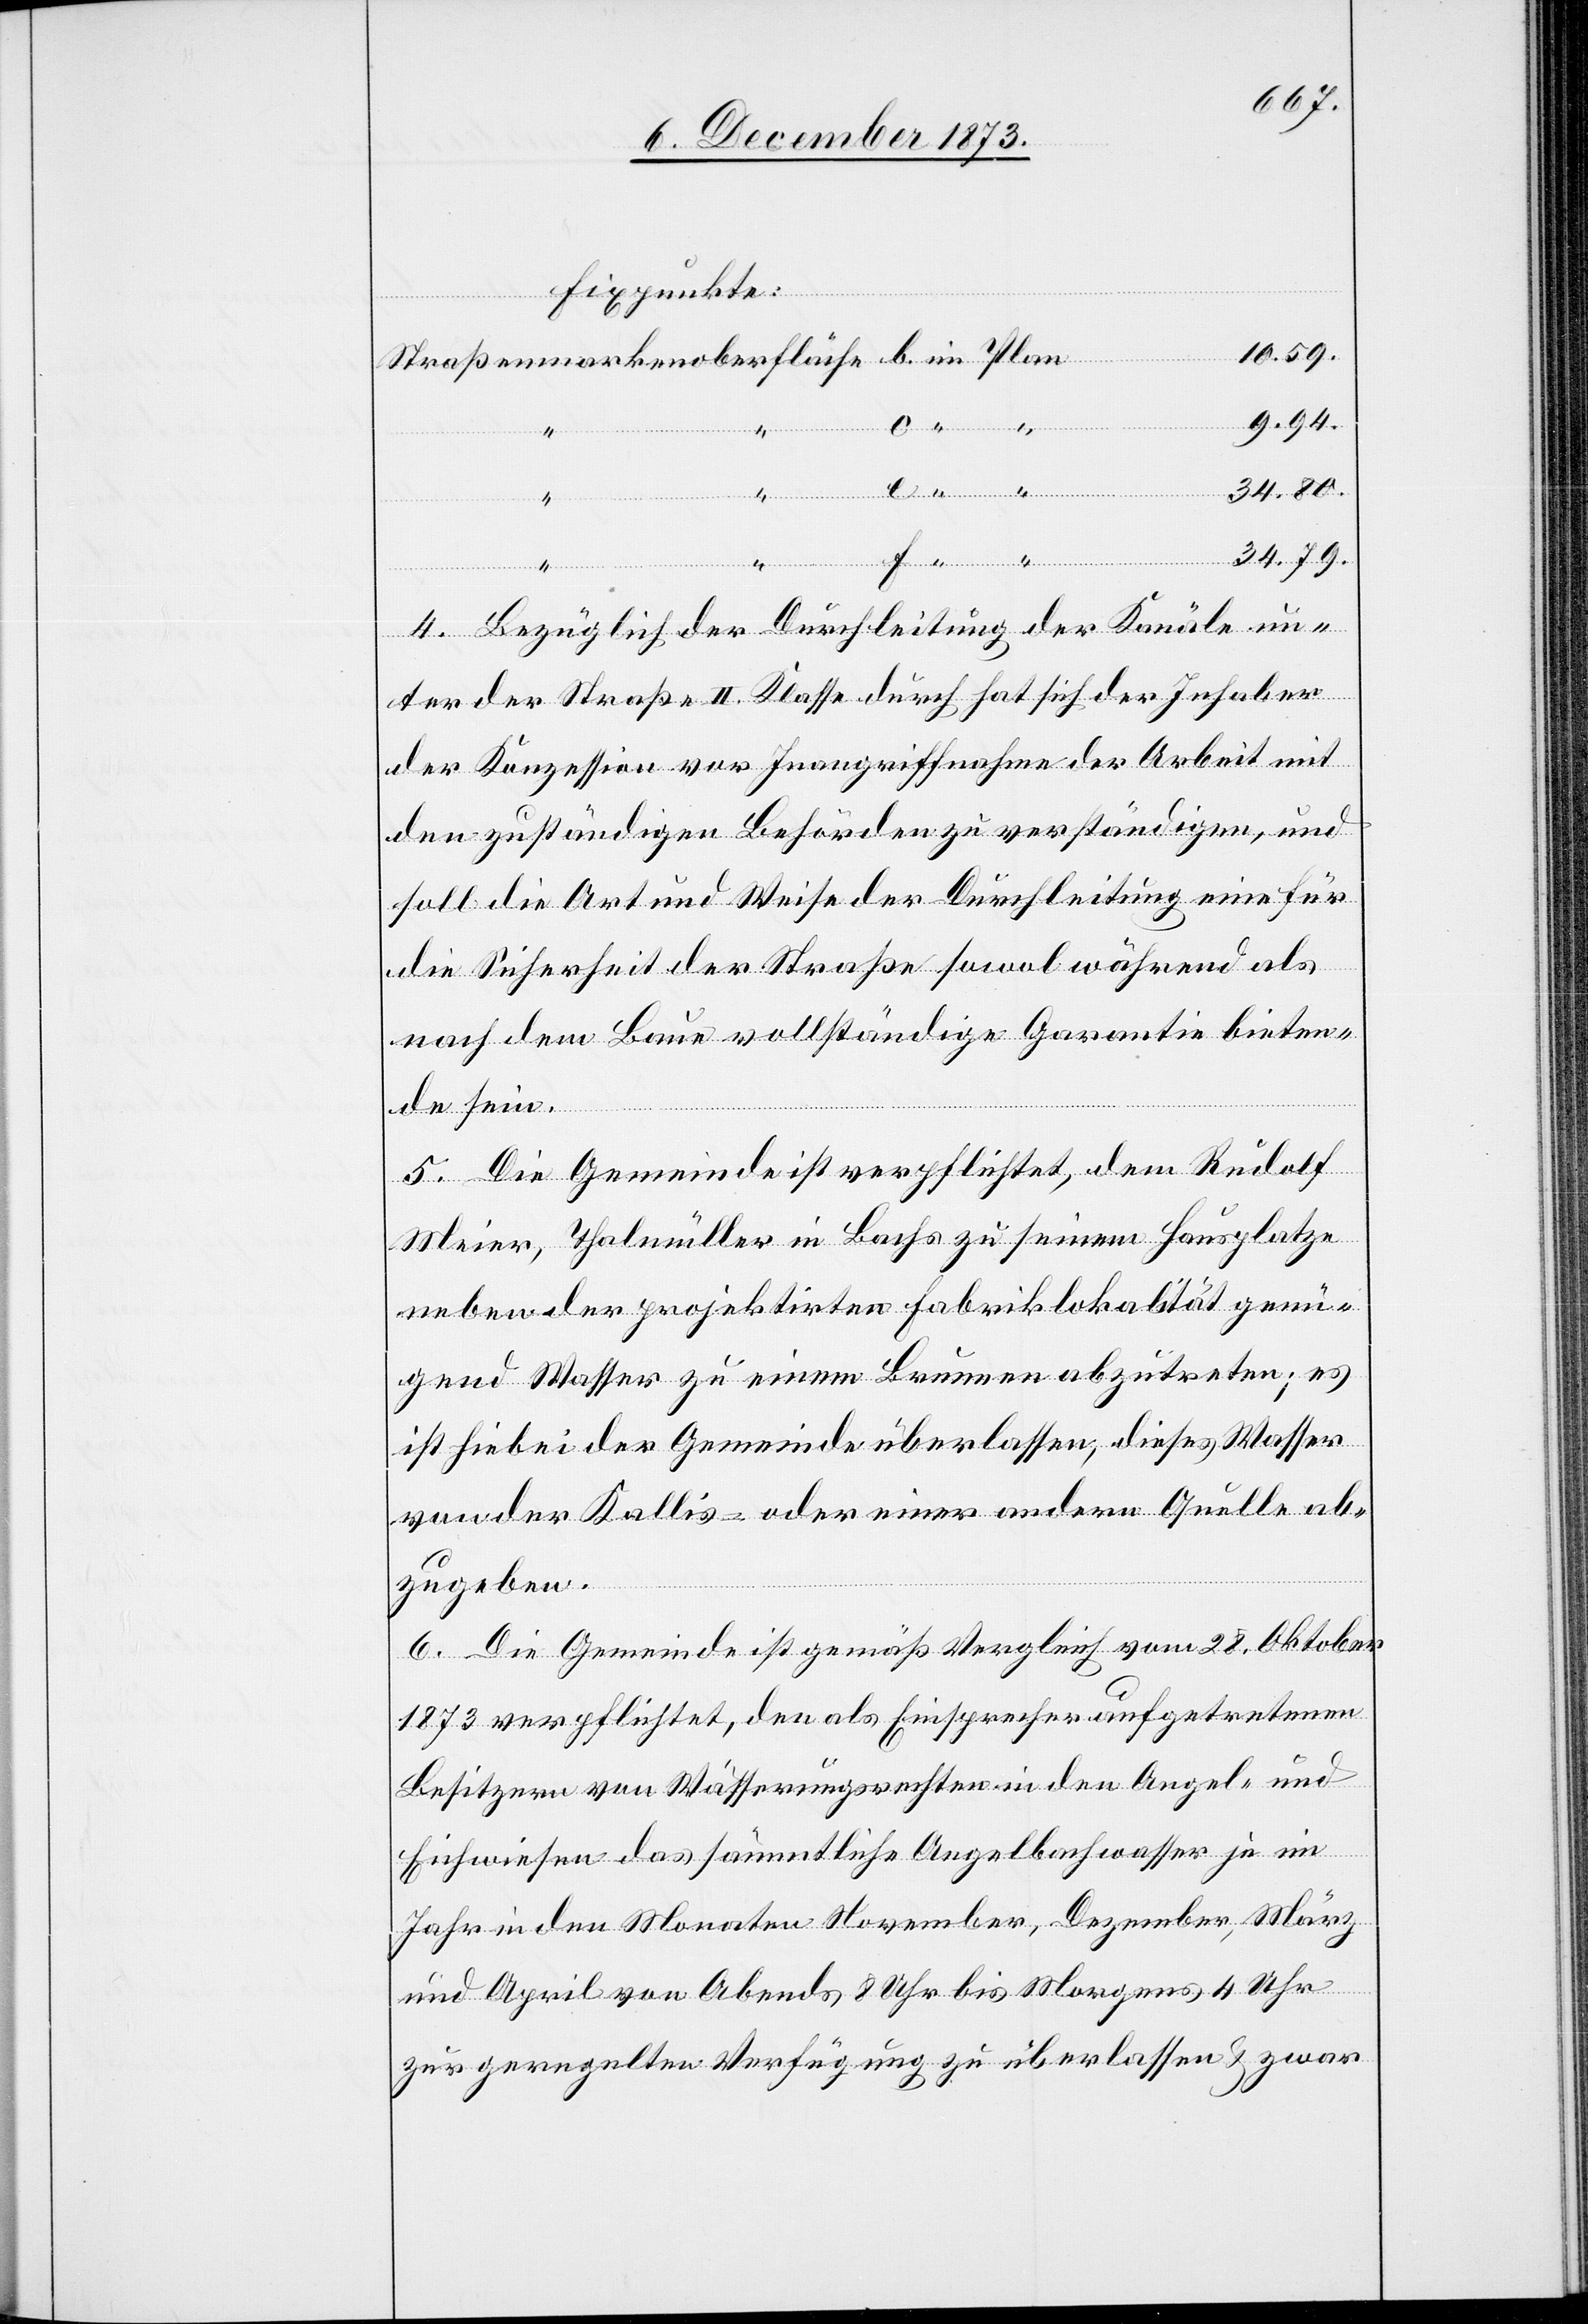
“
Fixpunkte:
10.59.
9.94.
Strass¬
34.80.
f
enmarkenoberfläche
b.
34.79.
4. Bezüglich der Durchleitung der Kanäle un¬
ter der Straße II. Klasse durch hat sich der Inhaber
der Konzession vor Inangriffnahme der Arbeit mit
den zuständigen Behörden zu verständigen, und
soll die Art und Weise der Durchleitung eine für
die Sicherheit der Straße sowol während als
nach dem Baue vollständige Garantie bieten¬
de sein.
5. Die Gemeinde ist verpflichtet, dem Rudolf
Meier, Thalmüller in Bachs zu seinem Hausplatze
neben der projektirten Fabriklokalität genü¬
gend Wasser zu einem Brunnen abzutreten; es
ist hiebei der Gemeinde überlassen, dieses Wasser
von der Kallis- oder einer andern Quelle ab¬
zugeben.
6. Die Gemeinde ist gemäß Vergleich vom 28. Oktober
1873 verpflichtet, den als Einsprecher aufgetretenen
Besitzern von Wässerungsrechten in den Angel- und
Eichwiesen das sämmtliche Angelbachwasser je im
Jahr in den Monaten November, Dezember, März
und April von Abends 8 Uhr bis Morgens 4 Uhr
zur geregelten Verfügung zu überlassen & zwar